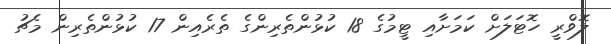
ލޮވްރީ ހޮޓަލަށް ކަމަށާއި ޓީމުގެ 18 ކުޅުންތެރިންގެ ތެރެއިން 17 ކުޅުންތެރިން މެޗު